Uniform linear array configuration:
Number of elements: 48
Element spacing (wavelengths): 0.25
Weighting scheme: uniform
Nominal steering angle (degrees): -30
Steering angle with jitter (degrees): -28.149
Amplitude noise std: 0.05
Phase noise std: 0.05

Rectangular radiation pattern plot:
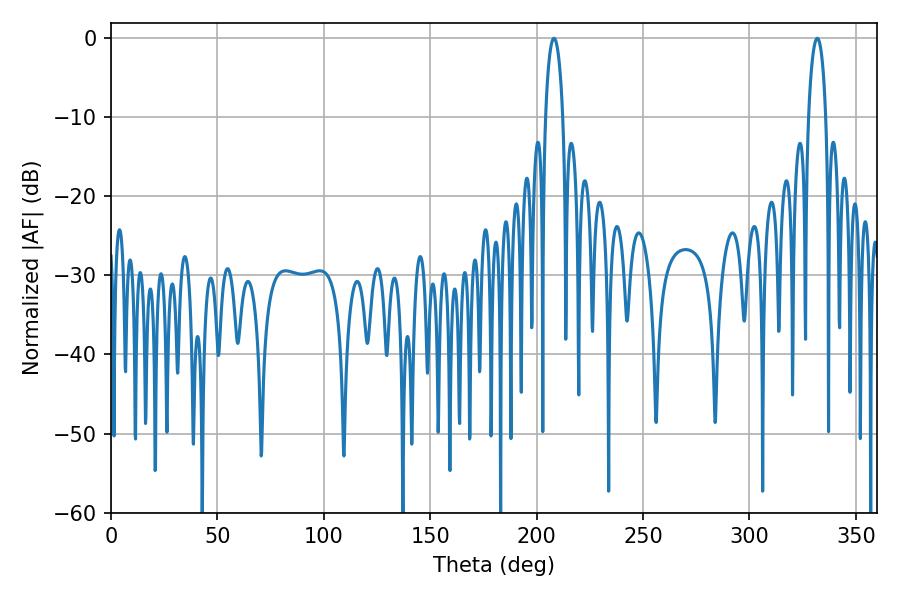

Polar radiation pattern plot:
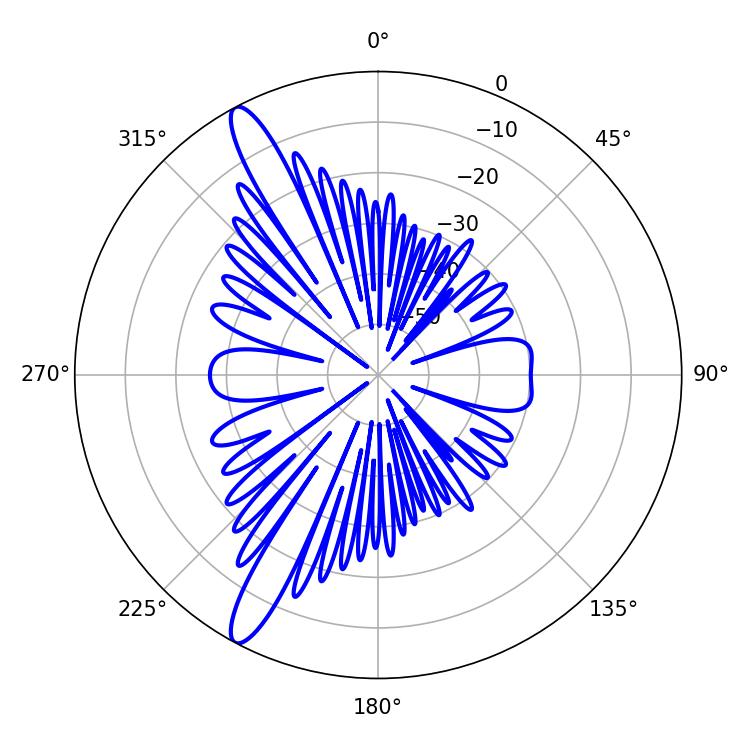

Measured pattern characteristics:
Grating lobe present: FALSE
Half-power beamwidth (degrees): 4.5
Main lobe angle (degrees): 208.08